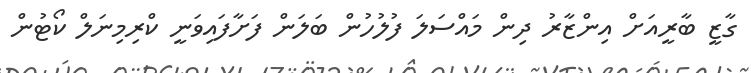
ގާޒީ ބާރީއަށް އިންޒާރު ދިން މައްސަލަ ފުލުހުން ބަލަން ފަށާފައިވަނީ ކްރިމިނަލް ކޯޓުން